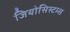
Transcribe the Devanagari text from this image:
जियोसिस्टम्स